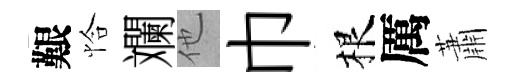
艱恰斕他巾根厲蕭